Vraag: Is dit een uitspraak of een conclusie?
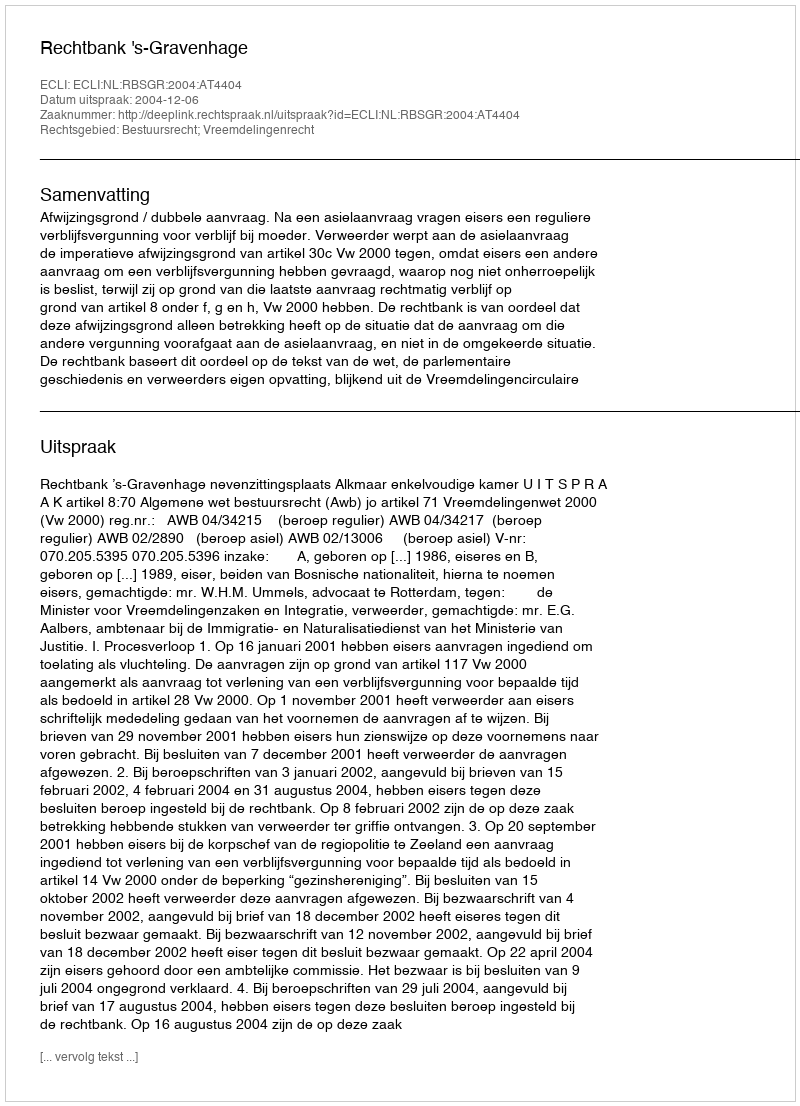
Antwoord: Uitspraak